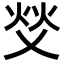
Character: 𬊇